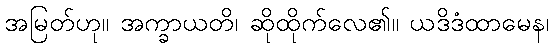
အမြတ်ဟု။ အက္ခာယတိ၊ ဆိုထိုက်လေ၏။ ယဒိဒံထာမေန၊